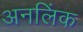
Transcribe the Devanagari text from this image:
अनलिंक